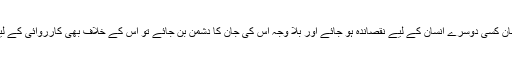
یہاں تو اگر کوئی انسان کسی دوسرے انسان کے لیے نقصاندہ ہو جائے اور بلا وجہ اس کی جان کا دشمن بن جائے تو اس کے خلاف بھی کارروائی کے لیے قانون موجود ہے۔